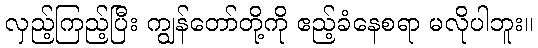
လှည့်ကြည့်ပြီး ကျွန်တော်တို့ကို ဧည့်ခံနေစရာ မလိုပါဘူး။